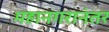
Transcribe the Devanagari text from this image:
महानगरानंतर